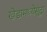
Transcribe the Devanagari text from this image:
खेडामध्येसुद्धा